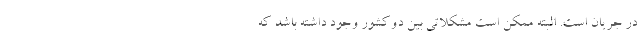
در جریان است. البته ممکن است مشکلاتی بین دوکشور وجود داشته باشد که